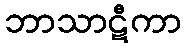
ဘာသာဋီကာ